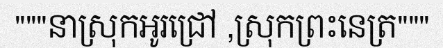
"""នាស្រុកអូរជ្រៅ ,ស្រុកព្រះនេត្រ"""